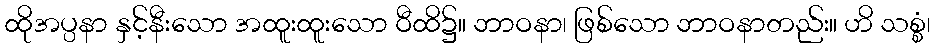
ထိုအပ္ပနာ နှင့်နီးသော အထူးထူးသော ဝီထိ၌။ ဘာဝနာ၊ ဖြစ်သော ဘာဝနာတည်း။ ဟိ သစ္စံ၊